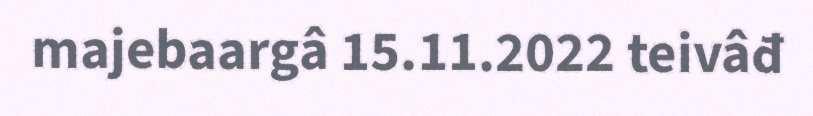
majebaargâ 15.11.2022 teivâđ